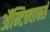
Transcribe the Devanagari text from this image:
ॲन्टिक्वार्क्स